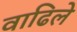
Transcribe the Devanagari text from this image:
वाढिले